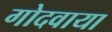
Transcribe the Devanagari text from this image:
गोदवाया